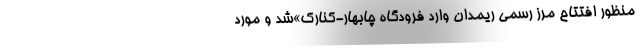
منظور افتتاح مرز رسمی ریمدان وارد فرودگاه چابهار-کنارک»شد و مورد